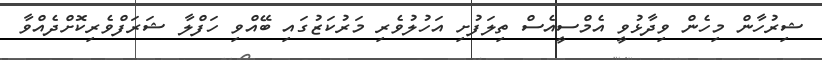
ޝިރުހާން މިހެން ވިދާޅުވީ އެމްސީއެސް ތިލަފުށި އަހުލުވެރި މަރުކަޒުގައި ބޭއްވި ހަފްލާ ޝަރަފްވެރިކޮށްދެއްވާ